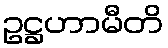
ဥဋ္ဌဟာမီတိ